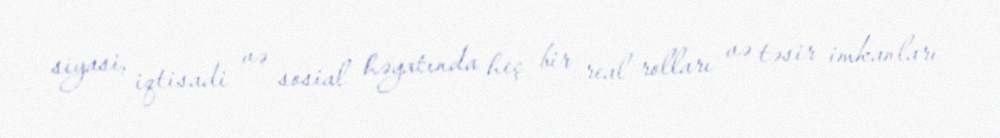
siyasi, iqtisadi və sosial həyatında heç bir real rolları və təsir imkanları